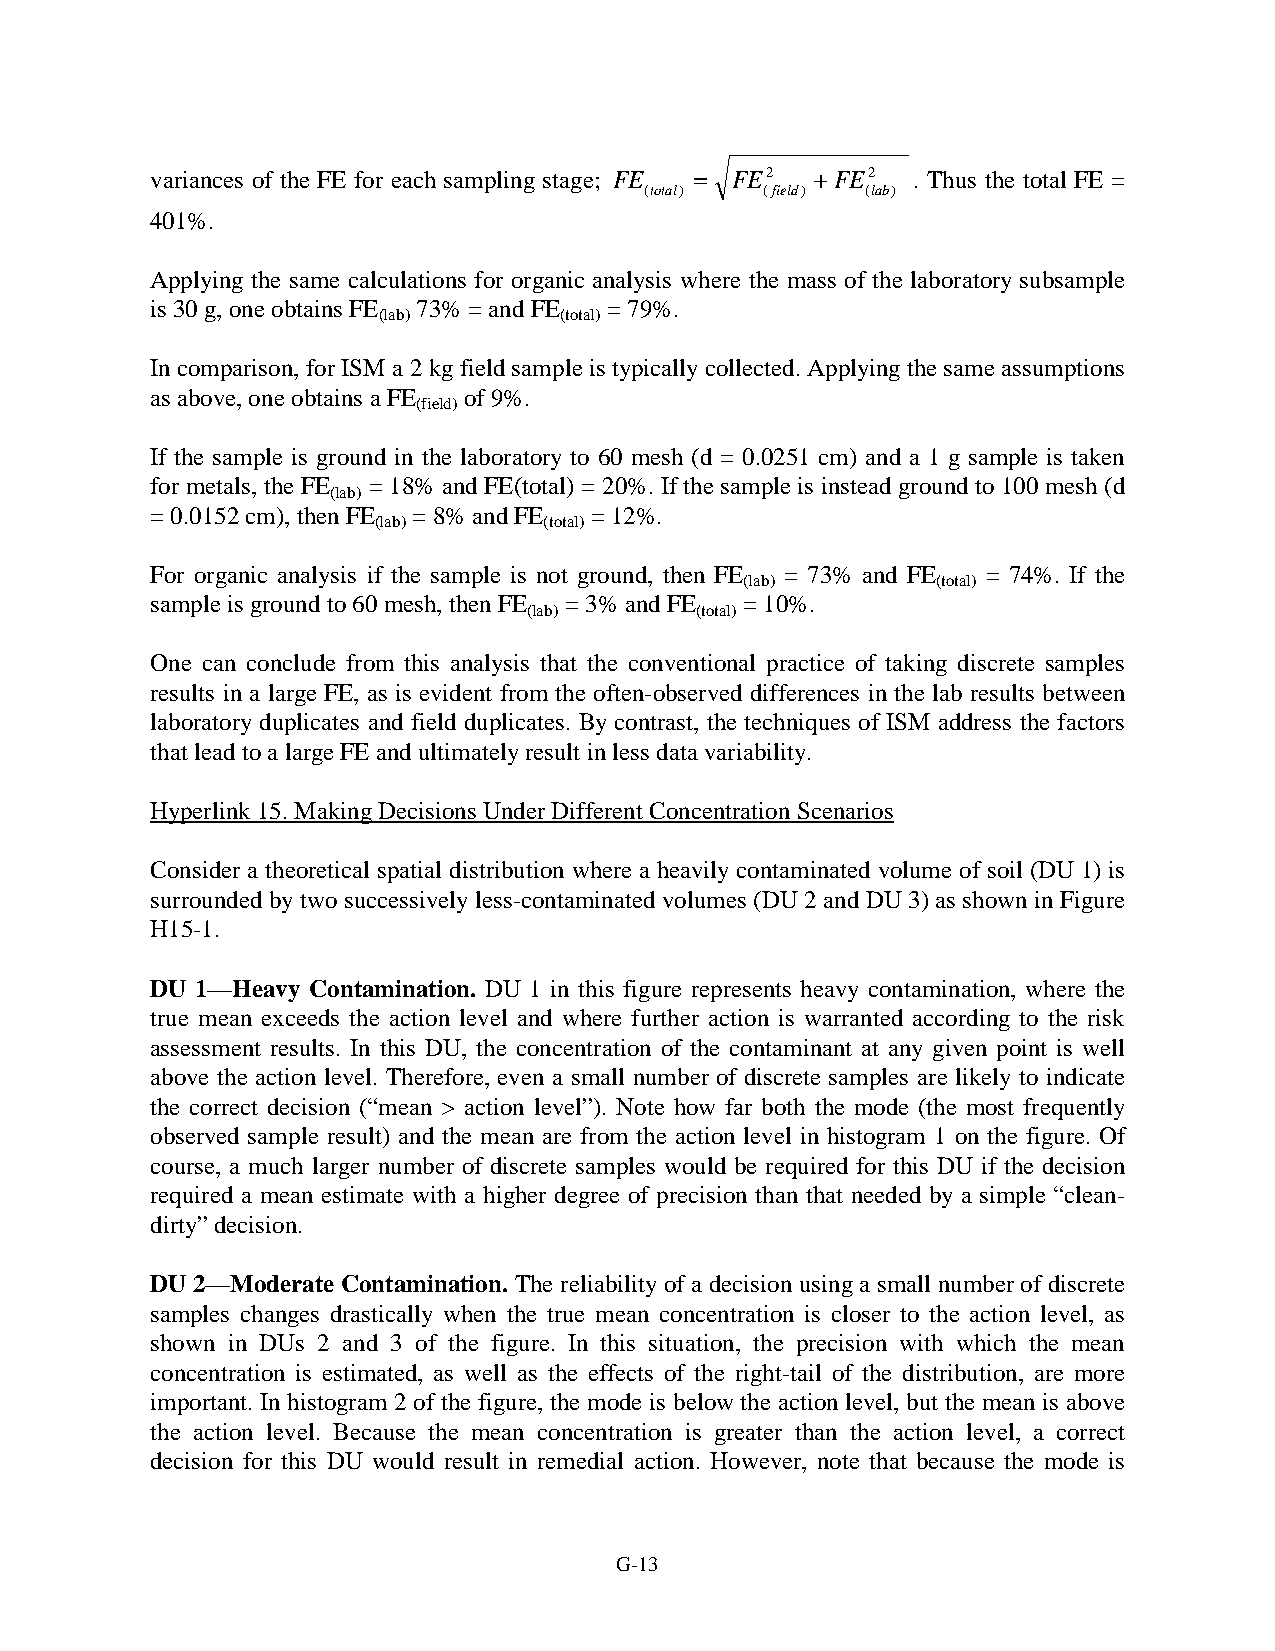
variances of the FE for each sampling stage; FE = FE2 +FE2 . Thus the total FE =
 (total) (field) (lab)
 401%.
 Applying the same calculations for organic analysis where the mass of the laboratory subsample
 is 30 g, one obtains FE 73% = and FE = 79%.
 (lab)       (total)
 In comparison, for ISM a 2 kg field sample is typically collected. Applying the same assumptions
 as above, one obtains a FE of 9%.
 (field)
 If the sample is ground in the laboratory to 60 mesh (d = 0.0251 cm) and a 1 g sample is taken
 for metals, the FE = 18% and FE(total) = 20%. If the sample is instead ground to 100 mesh (d
 (lab)
 = 0.0152 cm), then FE = 8% and FE = 12%.
 (lab)      (total)
 For organic analysis if the sample is not ground, then FE = 73% and FE = 74%. If the
 (lab)        (total)
 sample is ground to 60 mesh, then FE = 3% and FE = 10%.
 (lab)      (total)
 One can conclude from this analysis that the conventional practice of taking discrete samples
 results in a large FE, as is evident from the often-observed differences in the lab results between
 laboratory duplicates and field duplicates. By contrast, the techniques of ISM address the factors
 that lead to a large FE and ultimately result in less data variability.
 Hyperlink 15. Making Decisions Under Different Concentration Scenarios
 Consider a theoretical spatial distribution where a heavily contaminated volume of soil (DU 1) is
 surrounded by two successively less-contaminated volumes (DU 2 and DU 3) as shown in Figure
 H15-1.
 DU 1—Heavy Contamination. DU 1 in this figure represents heavy contamination, where the
 true mean exceeds the action level and where further action is warranted according to the risk
 assessment results. In this DU, the concentration of the contaminant at any given point is well
 above the action level. Therefore, even a small number of discrete samples are likely to indicate
 the correct decision (“mean > action level”). Note how far both the mode (the most frequently
 observed sample result) and the mean are from the action level in histogram 1 on the figure. Of
 course, a much larger number of discrete samples would be required for this DU if the decision
 required a mean estimate with a higher degree of precision than that needed by a simple “clean-
 dirty” decision.
 DU 2—Moderate Contamination. The reliability of a decision using a small number of discrete
 samples changes drastically when the true mean concentration is closer to the action level, as
 shown in DUs 2 and 3 of the figure. In this situation, the precision with which the mean
 concentration is estimated, as well as the effects of the right-tail of the distribution, are more
 important. In histogram 2 of the figure, the mode is below the action level, but the mean is above
 the action level. Because the mean concentration is greater than the action level, a correct
 decision for this DU would result in remedial action. However, note that because the mode is
 G-13